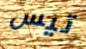
تيس